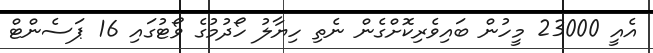
އެއީ 23000 މީހުން ބައިވެރިކޮށްގެން ނެތި ހިޔާލު ހޯދުމުގެ ވޯޓުގައި 16 ޕަސެންޓް